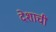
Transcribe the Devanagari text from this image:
देशाचीं